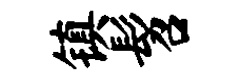
镇髫